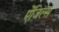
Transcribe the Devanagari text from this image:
ऐंजिल्‍स